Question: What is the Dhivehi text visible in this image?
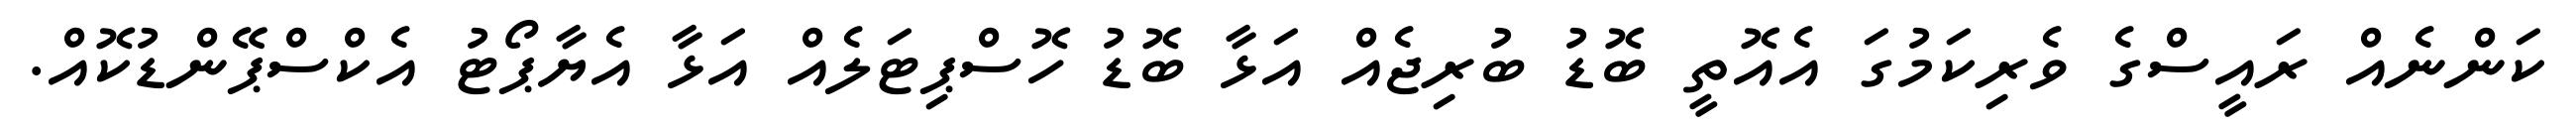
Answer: ކަންނެއް ރައީސްގެ ވެރިކަމުގަ އެއޮތީ ބޮޑު ބުރިޖެއް އަޅާ ބޮޑު ހޮސްޕިޓަލެއް އަޅާ އެޔާޕޯޓު އެކްސްޕޭންޑުކޮއް.